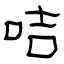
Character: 咭